Annual administration report of the Civil Veterinary Department of India - 1908-1909
Year: 1908
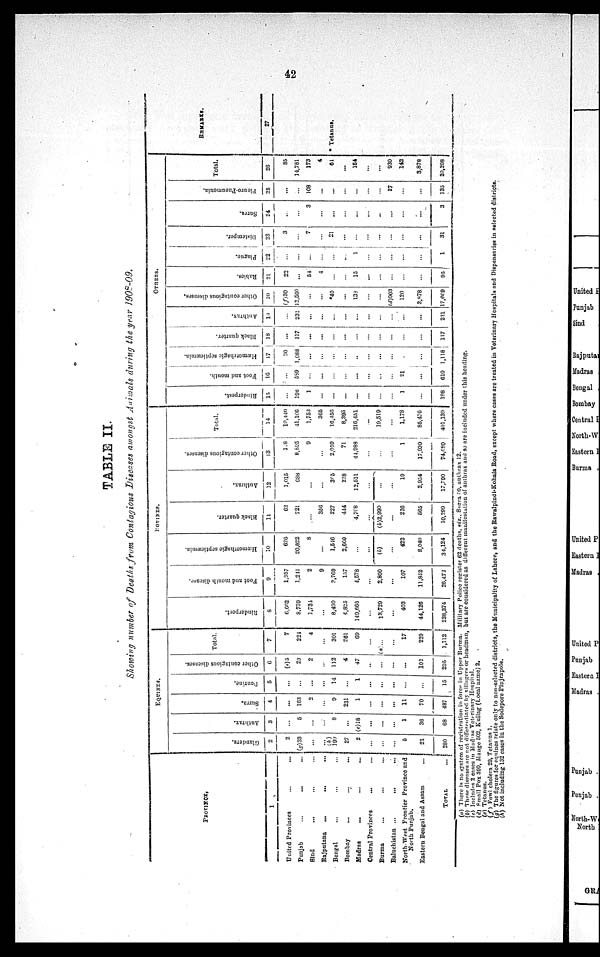
42
TABLE II.
Showing number of Deaths from Contagious Diseases amongst Animals during the year 1908-09.
PROVINCE.
1
United Provinces
...
...
Punjab
...
... ...
Sind ... ... ...
Rajputana
...
... ...
Bengal ... ... ...
Bombay
...
...
...
Madras ... ... ...
Central Provinces ... ...
Burma ... ... ...
Baluchistan ...
...
...
North-West Frontier Province and
North Punjab.
Eastern Bengal and Assam
...
TOTAL
...
EQUINES.
Glanders.
2
2
(g)33
...
...
(h)
199
27
2
...
...
...
5
21
280
Anthrax.
3
...
5
...
...
8
...
(c)18
...
...
...
1
36
68
Surra.
4
...
163
2
...
9
231
1
...
...
...
11
70
487
Dourine.
5
...
...
...
...
14
...
1
...
...
...
...
...
15
Other contagious diseases.
6
(e)5
23
2
...
102
4
47
...
...
...
...
102
295
Total.
7
7
224
4
...
301
261
69
...
(a ...
...
17
229
1,112
POVINES.
Rinderpest.
8
6,662
8,789
1,734
...
8,490
4,825
149,668
...
13,729
...
403
44,126
238,374
Foot and mouth disease.
9
1,957
1,211
2
9
3,769
157
4,578
...
2,800
...
107
11,852
26,472
Hæmorrhagie
septicæmia.
10
626
20,822
8
...
1,516
2,660
...
...
(b)
...
422
8,040
34,124
Black quarter.
11
62
721
...
356
227
444
4,708
...
(b)2,990
...
226
565
10,299
Anthrax.
12
1,015
688
...
...
365
238
12,511
...
...
...
19
2,954
17,790
Other contagious diseases.
13
1.8
8,895
9
...
2,059
71
41,988
...
...
...
...
17,939
74,680
Total.
14
10,440
41,406
1,753
365
16,456
8,395
216,451
...
19,519
...
1,178
85,476
401,139
OTHERS.
Rinderpest.
15
...
196
1
...
...
...
...
...
...
...
1
...
198
Foot and mouth.
16
...
589
...
...
...
...
...
...
...
...
21
...
610
Hæmorrhagic septicæmia.
17
30
1,688
...
...
...
...
...
...
...
...
...
...
1,118
Black quarter.
18
...
117
...
...
...
...
...
...
...
...
...
...
117
Anthrax.
19
...
231
...
...
...
...
...
...
...
...
...
...
231
Other contagious diseases.
20
(f)30
12,560
...
...
*40
...
138
...
...
(d)903
120
3,878
17,669
Rabies.
21
22
...
54
4
...
...
15
...
...
...
...
...
95
Plague.
22
...
...
...
...
...
...
1
...
...
...
...
...
1
Distemper.
23
3
...
7
...
21
...
...
...
...
...
...
...
31
Surra.
24
..
...
3
...
...
...
...
...
..
...
...
...
3
Pleuro-Pneumonia.
25
...
...
108
...
...
...
...
...
...
27
...
...
135
Total.
26
85
14,781
173
4
61
...
154
...
...
930
142
3,878
20,208
REMARKS.
27
* Tetanus.
(a) There is no system of registration in force in Upper Burma. Military Police register 62 deaths, viz., Surra 60, anthrax 12.
(b) These diseases are not differentiated by villagers or headmen, but are considered as different manifestation of anthrax and so are included under this heading.
(c) Includes 2 cases in Madras Veterinary Hospital.
(d) Small Pox 399, Mange 502, Kullag (Local name) 2.
(e) Tetanus.
(f) Fowl cholera 29, Tetanus 1.
(g) The figures for equines relate only to non-selected districts, the Municipality of Lahore, and the Rawalpindi-Kohala Road, except where cases are treated in Veterinary Hospitals and Dispensaries in selected districts.
(h) Not including 132 cases in the Sodepore Pinjrapole.